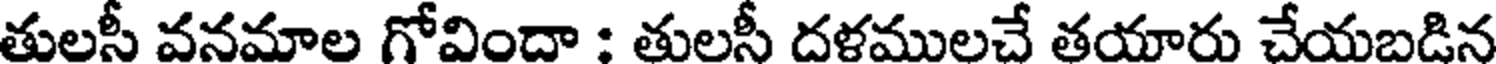
తులసీ వనమాల గోవిందా : తులసీ దళములచే తయారు చేయబడిన